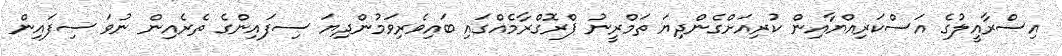
އިސްރާއީލުގެ އަސްކަރިއްޔާއިން ކުރިއަށްގެންދިޔަ ތަމްރީނު ޕްރޮގްރާމެއްގައި ބައިވެރިވަމުންދިޔަ ސިފައިންގެ ތެރެއިން ނުވަ ސިފައިން